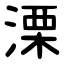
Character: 溧